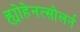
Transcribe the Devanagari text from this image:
ह्योहेनत्सोलर्न